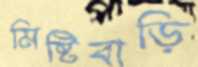
মিষ্টিবাড়ি